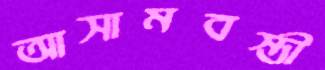
আসামবস্তী